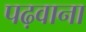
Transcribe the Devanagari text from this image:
पढ़वाना